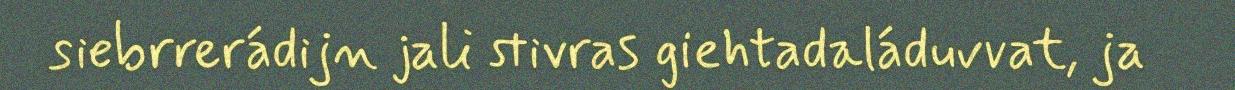
siebrrerádijn jali stivras giehtadaláduvvat, ja